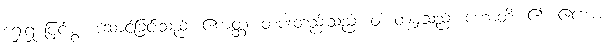
ရှေးရှု ပြင်းစွာ ဆောင်ခြင်းသည်။ ဧကတ္တံ၊ တပါးတည်းသည်။ ဝါ၊ တူမျှသည်။ ဟောတိ၊ ၏။ ဧကော၊